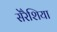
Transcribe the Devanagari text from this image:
सेरैशिया